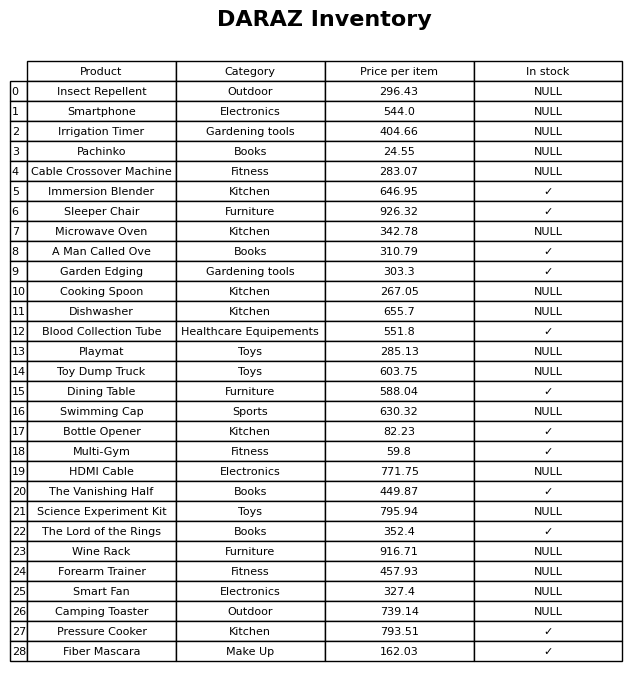
question: What is the price for Fiber Mascara?
answer: The price of Fiber Mascara is 162.03.